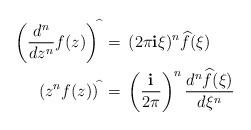
LaTeX: \begin{align*}\left( \frac{d^n}{dz^n} f(z) \right)^{\widehat{\,}} \,& =\, (2\pi {\mathbf i} \xi)^n \widehat f(\xi)\\\left( z^n f(z) \right)^{\widehat{\,}} \,& =\, \left(\frac{{\mathbf i} }{2\pi }\right)^n \frac{d^n \widehat f(\xi)}{d\xi^n} \end{align*}